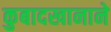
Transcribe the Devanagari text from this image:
कुबादखानाने